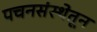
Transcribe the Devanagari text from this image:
पचनसंस्थेतून